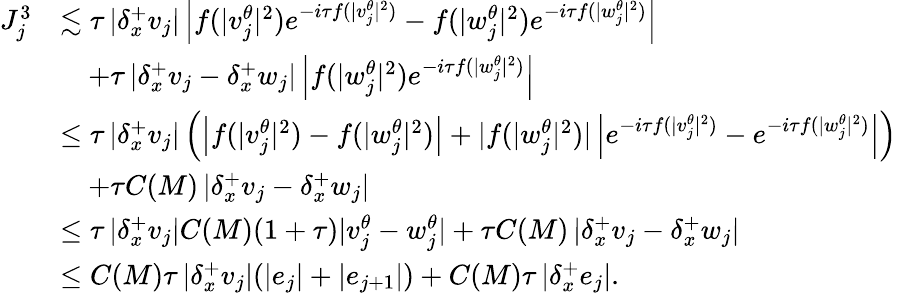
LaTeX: \begin{array}{rl}{J_{j}^{3}}&{\lesssim\tau\left|{\delta_{x}^{+}}v_{j}\right|\left|f(|v_{j}^{\theta}|^{2})e^{-i\tau f(|v_{j}^{\theta}|^{2})}-f(|w_{j}^{\theta}|^{2})e^{-i\tau f(|w_{j}^{\theta}|^{2})}\right|}\\ &{\quad+\tau\left|{\delta_{x}^{+}}v_{j}-{\delta_{x}^{+}}w_{j}\right|\left|f(|w_{j}^{\theta}|^{2})e^{-i\tau f(|w_{j}^{\theta}|^{2})}\right|}\\ &{\leq\tau\left|{\delta_{x}^{+}}v_{j}\right|\left(\left|f(|v_{j}^{\theta}|^{2})-f(|w_{j}^{\theta}|^{2})\right|+|f(|w_{j}^{\theta}|^{2})|\left|e^{-i\tau f(|v_{j}^{\theta}|^{2})}-e^{-i\tau f(|w_{j}^{\theta}|^{2})}\right|\right)}\\ &{\quad+\tau C(M)\left|{\delta_{x}^{+}}v_{j}-{\delta_{x}^{+}}w_{j}\right|}\\ &{\leq\tau\left|{\delta_{x}^{+}}v_{j}\right|C(M)(1+\tau)|v_{j}^{\theta}-w_{j}^{\theta}|+\tau C(M)\left|{\delta_{x}^{+}}v_{j}-{\delta_{x}^{+}}w_{j}\right|}\\ &{\leq C(M)\tau\left|{\delta_{x}^{+}}v_{j}\right|(|e_{j}|+|e_{j+1}|)+C(M)\tau\left|{\delta_{x}^{+}}e_{j}\right|.}\end{array}